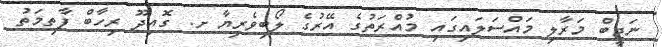
ނަޖީބް މަރާލި މައްސަލައިގައި މުއްރަތުގެ އޭރުގެ ލޯބިވެރިޔާ ށ. ގޮއިދޫ ރިހާބް ފާތިމަތު